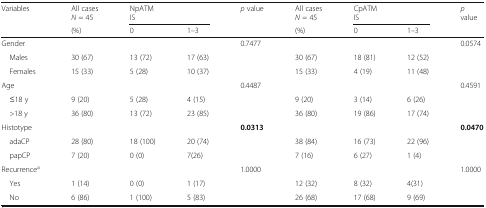
<table><thead><tr><td rowspan="2"><b>Variables</b></td><td><b>All cases<i>N</i> = 45</b></td><td colspan="2"><b>NpATMIS</b></td><td><b><i>p</i> value</b></td><td><b>All cases<i>N</i> = 45</b></td><td colspan="2"><b>CpATMIS</b></td><td rowspan="2"><b><i>p</i> value</b></td></tr><tr><td><b>(%)</b></td><td><b>0</b></td><td><b>1–3</b></td><td></td><td><b>(%)</b></td><td><b>0</b></td><td><b>1–3</b></td></tr></thead><tbody><tr><td>Gender</td><td></td><td></td><td></td><td>0.7477</td><td></td><td></td><td></td><td>0.0574</td></tr><tr><td> Males</td><td>30 (67)</td><td>13 (72)</td><td>17 (63)</td><td></td><td>30 (67)</td><td>18 (81)</td><td>12 (52)</td><td></td></tr><tr><td> Females</td><td>15 (33)</td><td>5 (28)</td><td>10 (37)</td><td></td><td>15 (33)</td><td>4 (19)</td><td>11 (48)</td><td></td></tr><tr><td>Age</td><td></td><td></td><td></td><td>0.4487</td><td></td><td></td><td></td><td>0.4591</td></tr><tr><td> ≤18 y</td><td>9 (20)</td><td>5 (28)</td><td>4 (15)</td><td></td><td>9 (20)</td><td>3 (14)</td><td>6 (26)</td><td></td></tr><tr><td> &gt;18 y</td><td>36 (80)</td><td>13 (72)</td><td>23 (85)</td><td></td><td>36 (80)</td><td>19 (86)</td><td>17 (74)</td><td></td></tr><tr><td>Histotype</td><td></td><td></td><td></td><td><b>0.0313</b></td><td></td><td></td><td></td><td><b>0.0470</b></td></tr><tr><td> adaCP</td><td>28 (80)</td><td>18 (100)</td><td>20 (74)</td><td></td><td>38 (84)</td><td>16 (73)</td><td>22 (96)</td><td></td></tr><tr><td> papCP</td><td>7 (20)</td><td>0 (0)</td><td>7(26)</td><td></td><td>7 (16)</td><td>6 (27)</td><td>1 (4)</td><td></td></tr><tr><td>Recurrence<sup>a</sup></td><td></td><td></td><td></td><td>1.0000</td><td></td><td></td><td></td><td>1.0000</td></tr><tr><td> Yes</td><td>1 (14)</td><td>0 (0)</td><td>1 (17)</td><td></td><td>12 (32)</td><td>8 (32)</td><td>4(31)</td><td></td></tr><tr><td> No</td><td>6 (86)</td><td>1 (100)</td><td>5 (83)</td><td></td><td>26 (68)</td><td>17 (68)</td><td>9 (69)</td><td></td></tr></tbody></table>